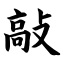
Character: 敲